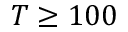
T \geq 1 0 0